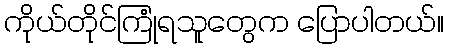
ကိုယ်တိုင်ကြုံရသူတွေက ပြောပါတယ်။